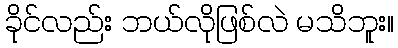
ခိုင်လည်း ဘယ်လိုဖြစ်လဲ မသိဘူး။